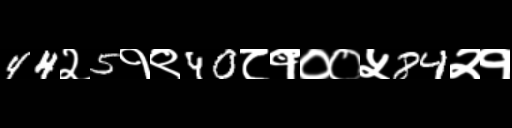
Text: 44२5१९40८१००५84२१